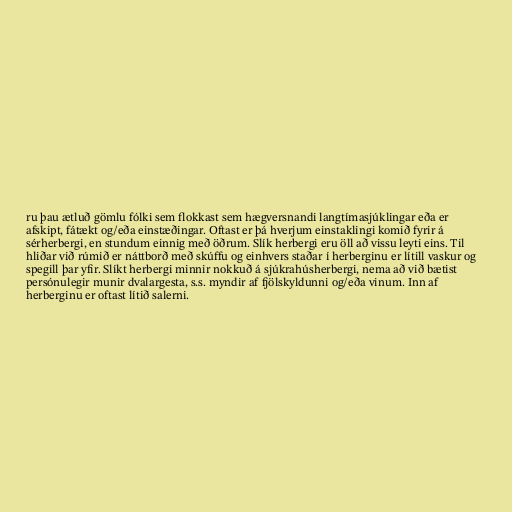
ru þau ætluð gömlu fólki sem flokkast sem hægversnandi langtímasjúklingar eða er
afskipt, fátækt og/eða einstæðingar. Oftast er þá hverjum einstaklingi komið fyrir á
sérherbergi, en stundum einnig með öðrum. Slík herbergi eru öll að vissu leyti eins. Til
hliðar við rúmið er náttborð með skúffu og einhvers staðar í herberginu er lítill vaskur og
spegill þar yfir. Slíkt herbergi minnir nokkuð á sjúkrahúsherbergi, nema að við bætist
persónulegir munir dvalargesta, s.s. myndir af fjölskyldunni og/eða vinum. Inn af
herberginu er oftast lítið salerni.